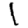
Digit: 1